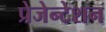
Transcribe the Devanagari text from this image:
प्रेजेन्टेशन